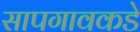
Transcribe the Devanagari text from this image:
सापगावकडे